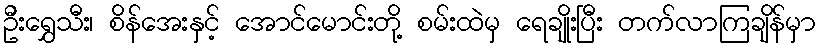
ဦးရွှေသီး၊ စိန်အေးနှင့် အောင်မောင်းတို့ စမ်းထဲမှ ရေချိုးပြီး တက်လာကြချိန်မှာ